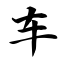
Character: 车